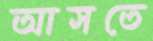
আসতে